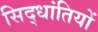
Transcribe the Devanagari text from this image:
सिद्धांतियों